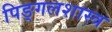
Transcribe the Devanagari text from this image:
पिङ्गलशास्त्र